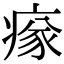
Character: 𤸉